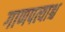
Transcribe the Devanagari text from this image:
गाणपत्याश्च